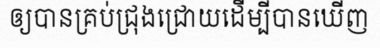
ឲ្យបានគ្រប់ជ្រុងជ្រោយដើម្បីបានឃើញ